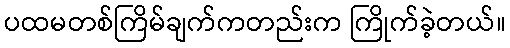
ပထမတစ်ကြိမ်ချက်ကတည်းက ကြိုက်ခဲ့တယ်။